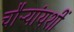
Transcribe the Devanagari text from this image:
चौऱ्यांयशीं